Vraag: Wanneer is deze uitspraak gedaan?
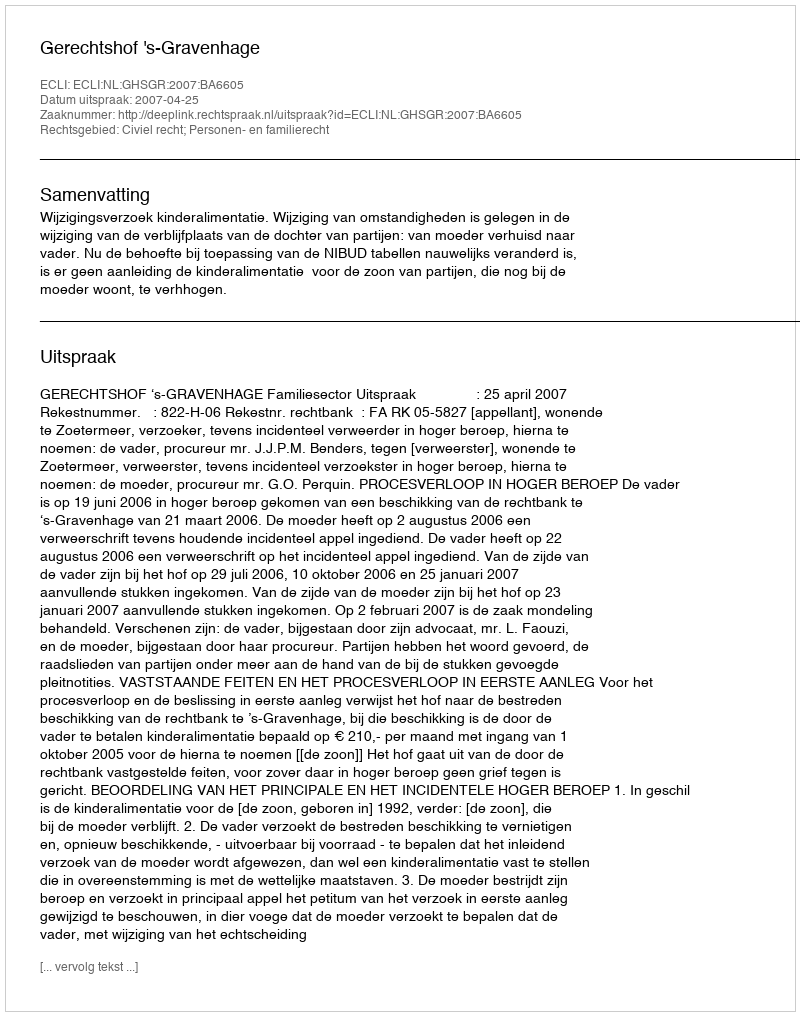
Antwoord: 2007-04-25